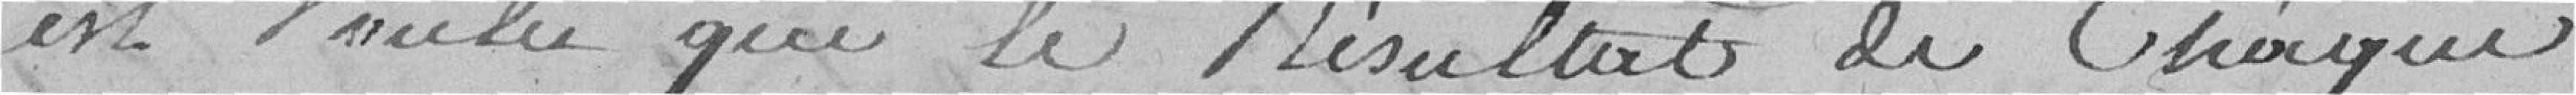
est voulu que le résultat de chaque